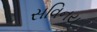
સવિનય